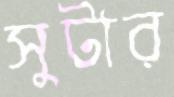
সুটার